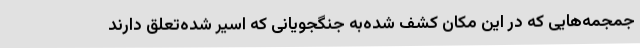
جمجمه‌هایی که در این مکان کشف شده‌به جنگجویانی که اسیر شده‌تعلق دارند